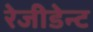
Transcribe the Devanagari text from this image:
रेजीडेन्ट